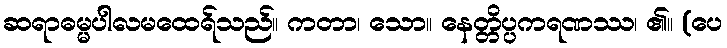
ဆရာဓမ္မပါလမထေရ်သည်။ ကတာ၊ သော။ နေတ္တိပ္ပကရဏဿ၊ ၏။ (ပေ